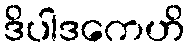
ဒိပါဒကေဟိ